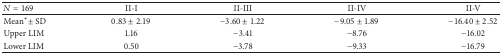
<table><thead><tr><td><b><i>N</i> = 169</b></td><td><b>II-I</b></td><td><b>II-III</b></td><td><b>II-IV</b></td><td><b>II-V</b></td></tr></thead><tbody><tr><td>Mean* ± SD</td><td>0.83 ± 2.19</td><td>−3.60 ± 1.22</td><td>−9.05 ± 1.89</td><td>−16.40 ± 2.52</td></tr><tr><td>Upper LIM</td><td>1.16</td><td>−3.41</td><td>−8.76</td><td>−16.02</td></tr><tr><td>Lower LIM</td><td>0.50</td><td>−3.78</td><td>−9.33</td><td>−16.79</td></tr></tbody></table>